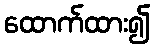
ထောက်ထား၍